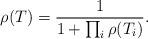
LaTeX: \begin{align*}\rho(T)=\frac{1}{1+\prod_{i}\rho(T_i)}.\end{align*}